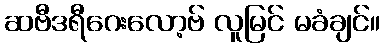
ဆဗီဒရီဂေးလော့ဗ် လူမြင် မခံချင်။